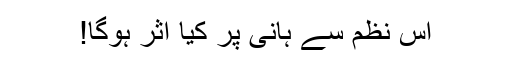
اِس نظم سے ہانی پر کیا اثر ہوگا!